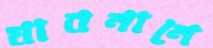
যাবনানে